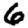
Digit: 6